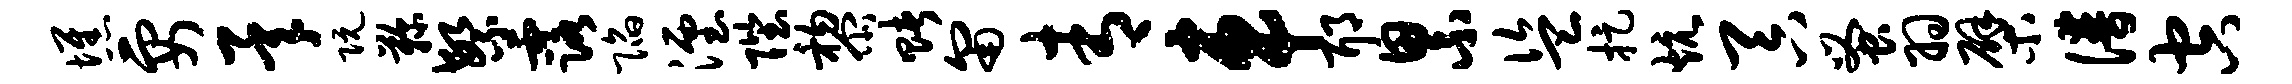
憔要承阮鞠繁露陷湮陛黎赌匍青车耶累盗捉炕吞蚤羽檗谱空